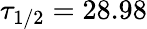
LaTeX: \tau_{1/2}=28.98